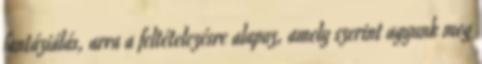
fantáziálás, arra a feltételezésre alapoz, amely szerint agyunk meg